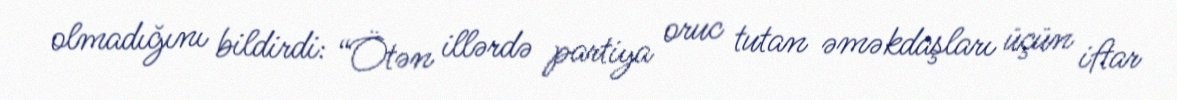
olmadığını bildirdi: “Ötən illərdə partiya oruc tutan əməkdaşları üçün iftar